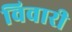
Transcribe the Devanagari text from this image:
विवारी